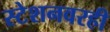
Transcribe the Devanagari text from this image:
स्टेशनवरही